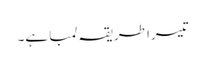
تیسرا طریقہ لمبا ہے۔